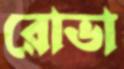
রোভা